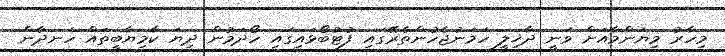
މިހާރު މިޔަންމާއަށް ވަނީ ދާޚިލީ ހަމަނުޖެހުންތެރޭގައި ފުޓުބޯޅައިގައި ހޯދަމުން ދިޔަ ކާމިޔާބީތައް ހަނދާން